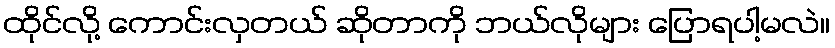
ထိုင်လို့ ကောင်းလှတယ် ဆိုတာကို ဘယ်လိုများ ပြောရပါ့မလဲ။